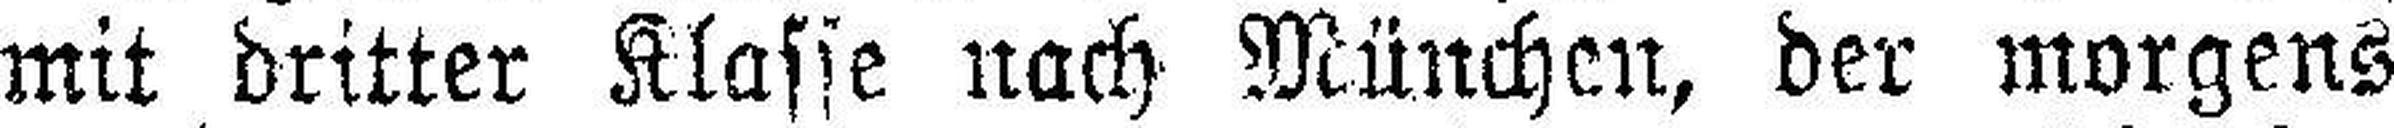
mit dritter Klasse nach München, der morgens